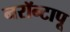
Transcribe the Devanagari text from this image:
नरॉन्टापू